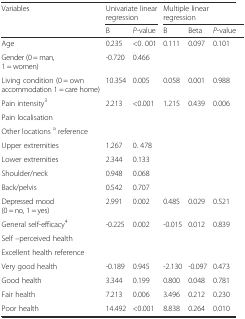
<table><thead><tr><td rowspan="2"><b>Variables</b></td><td colspan="2"><b>Univariate linear regression</b></td><td colspan="3"><b>Multiple linear regression</b></td></tr><tr><td><b>B</b></td><td><b><i>P</i>-value</b></td><td><b>B</b></td><td><b>Beta</b></td><td><b><i>P</i>-value</b></td></tr></thead><tbody><tr><td>Age</td><td>0.235</td><td>&lt;0. 001</td><td>0.111</td><td>0.097</td><td>0.101</td></tr><tr><td>Gender (0 = man, 1 = women)</td><td>-0.720</td><td>0.466</td><td>[EMPTY_CELL]</td><td>[EMPTY_CELL]</td><td>[EMPTY_CELL]</td></tr><tr><td>Living condition (0 = own accommodation 1 = care home)</td><td>10.354</td><td>0.005</td><td>0.058</td><td>0.001</td><td>0.988</td></tr><tr><td>Pain intensity<sup>3</sup></td><td>2.213</td><td>&lt;0.001</td><td>1.215</td><td>0.439</td><td>0.006</td></tr><tr><td>Pain localisation</td><td>[EMPTY_CELL]</td><td>[EMPTY_CELL]</td><td>[EMPTY_CELL]</td><td>[EMPTY_CELL]</td><td>[EMPTY_CELL]</td></tr><tr><td>Other locations <sup>a</sup> reference</td><td>[EMPTY_CELL]</td><td>[EMPTY_CELL]</td><td>[EMPTY_CELL]</td><td>[EMPTY_CELL]</td><td>[EMPTY_CELL]</td></tr><tr><td>Upper extremities</td><td>1.267</td><td>0. 478</td><td>[EMPTY_CELL]</td><td>[EMPTY_CELL]</td><td>[EMPTY_CELL]</td></tr><tr><td>Lower extremities</td><td>2.344</td><td>0.133</td><td>[EMPTY_CELL]</td><td>[EMPTY_CELL]</td><td>[EMPTY_CELL]</td></tr><tr><td>Shoulder/neck</td><td>0.948</td><td>0.068</td><td>[EMPTY_CELL]</td><td>[EMPTY_CELL]</td><td>[EMPTY_CELL]</td></tr><tr><td>Back/pelvis</td><td>0.542</td><td>0.707</td><td>[EMPTY_CELL]</td><td>[EMPTY_CELL]</td><td>[EMPTY_CELL]</td></tr><tr><td>Depressed mood (0 = no, 1 = yes)</td><td>2.991</td><td>0.002</td><td>0.485</td><td>0.029</td><td>0.521</td></tr><tr><td>General self-efficacy<sup>4</sup></td><td>-0.225</td><td>0.002</td><td>-0.015</td><td>0.012</td><td>0.839</td></tr><tr><td>Self –perceived health</td><td>[EMPTY_CELL]</td><td>[EMPTY_CELL]</td><td>[EMPTY_CELL]</td><td>[EMPTY_CELL]</td><td>[EMPTY_CELL]</td></tr><tr><td>Excellent health reference</td><td>[EMPTY_CELL]</td><td>[EMPTY_CELL]</td><td>[EMPTY_CELL]</td><td>[EMPTY_CELL]</td><td>[EMPTY_CELL]</td></tr><tr><td>Very good health</td><td>-0.189</td><td>0.945</td><td>-2.130</td><td>-0.097</td><td>0.473</td></tr><tr><td>Good health</td><td>3.344</td><td>0.199</td><td>0.800</td><td>0.048</td><td>0.781</td></tr><tr><td>Fair health</td><td>7.213</td><td>0.006</td><td>3.496</td><td>0.212</td><td>0.230</td></tr><tr><td>Poor health</td><td>14.492</td><td>&lt;0.001</td><td>8.838</td><td>0.264</td><td>0.010</td></tr></tbody></table>